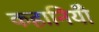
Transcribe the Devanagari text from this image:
कहानियोँ